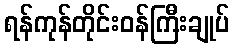
ရန်ကုန်တိုင်းဝန်ကြီးချုပ်